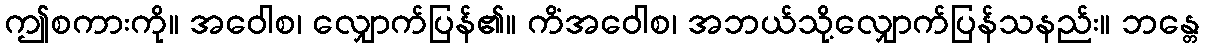
ဤစကားကို။ အဝေါစ၊ လျှောက်ပြန်၏။ ကိံအဝေါစ၊ အဘယ်သို့လျှောက်ပြန်သနည်း။ ဘန္တေ